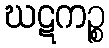
ဃဋကဉ္စ